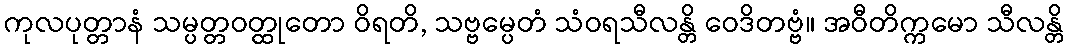
ကုလပုတ္တာနံ သမ္ပတ္တဝတ္ထုတော ဝိရတိ, သဗ္ဗမ္ပေတံ သံဝရသီလန္တိ ဝေဒိတဗ္ဗံ။ အဝီတိက္ကမော သီလန္တိ